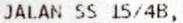
JALAN SS 15/4B,